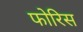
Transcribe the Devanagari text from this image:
फोरिस